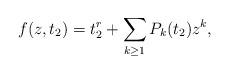
LaTeX: \begin{align*}f( z, t_{2}) = t_{2}^{r} + \sum_{k\geq 1} P_{k} (t_{2}) z^{k},\end{align*}